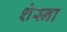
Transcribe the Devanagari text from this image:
शेस्ना